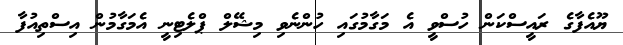
ޔޫއެފާގެ ރައީސްކަން ހުސްވީ އެ މަގާމުގައި ހުންނެވި މިޝޭލް ޕްލެޓިނީ އެމަގާމުން އިސްތިއުފާ